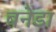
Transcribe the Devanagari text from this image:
बनेडा